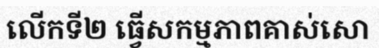
លើកទី២ ធ្វើសកម្មភាពគាស់សោ